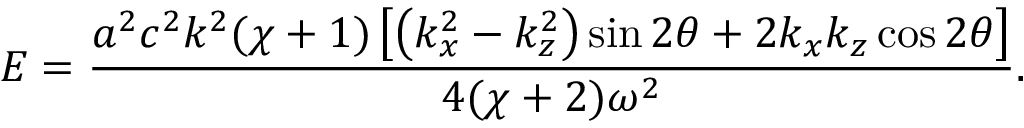
E = \frac { a ^ { 2 } c ^ { 2 } k ^ { 2 } ( \chi + 1 ) \left[ \left( k _ { x } ^ { 2 } - k _ { z } ^ { 2 } \right) \sin 2 \theta + 2 k _ { x } k _ { z } \cos 2 \theta \right] } { 4 ( \chi + 2 ) \omega ^ { 2 } } .